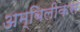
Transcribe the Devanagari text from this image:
अम्बिलीकस